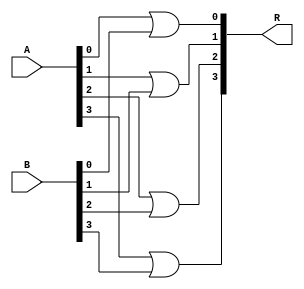
module _4bit_or (R, A, B);
input [3:0] A,B;
output [3:0] R;
or or0(R[0], A[0], B[0]);
or or1(R[1], A[1], B[1]);
or or2(R[2], A[2], B[2]);
or or3(R[3], A[3], B[3]);

endmodule